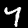
Digit: 7